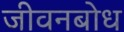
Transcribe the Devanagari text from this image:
जीवनबोध